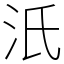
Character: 汦